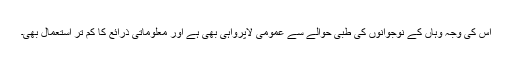
اس کی وجہ وہاں کے نوجوانوں کی طبی حوالے سے عمومی لاپرواہی بھی ہے اور معلوماتی ذرائع کا کم تر استعمال بھی۔